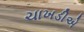
ચાખડીએ